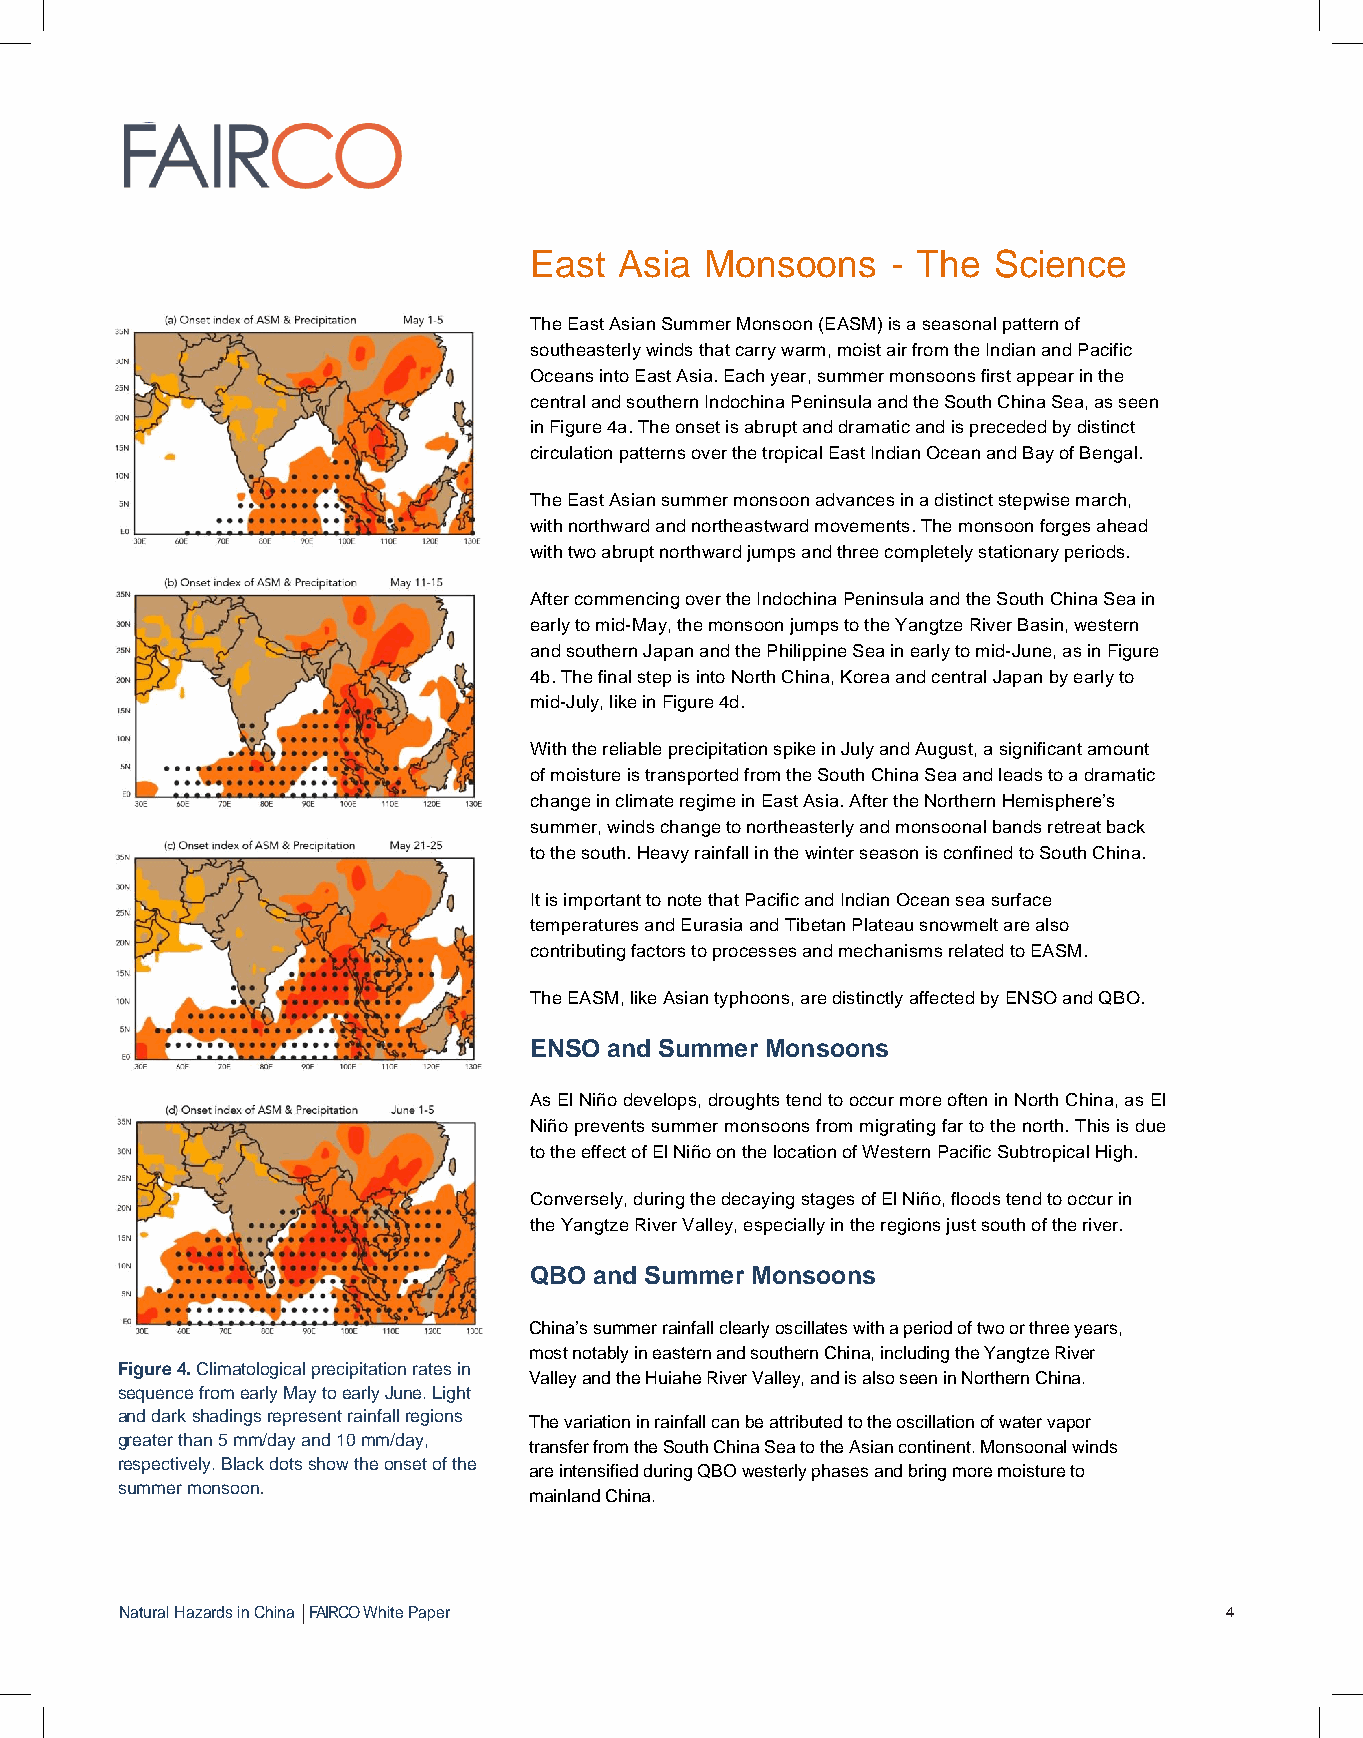
East  Asia  Monsoons    - The  Science
 The East Asian Summer Monsoon (EASM) is a seasonal pattern of
 southeasterly winds that carry warm, moist air from the Indian and Pacific
 Oceans into East Asia. Each year, summer monsoons first appear in the
 central and southern Indochina Peninsula and the South China Sea, as seen
 in Figure 4a. The onset is abrupt and dramatic and is preceded by distinct
 circulation patterns over the tropical East Indian Ocean and Bay of Bengal.
 The East Asian summer monsoon advances in a distinct stepwise march,
 with northward and northeastward movements. The monsoon forges ahead
 with two abrupt northward jumps and three completely stationary periods.
 After commencing over the Indochina Peninsula and the South China Sea in
 early to mid-May, the monsoon jumps to the Yangtze River Basin, western
 and southern Japan and the Philippine Sea in early to mid-June, as in Figure
 4b. The final step is into North China, Korea and central Japan by early to
 mid-July, like in Figure 4d.
 With the reliable precipitation spike in July and August, a significant amount
 of moisture is transported from the South China Sea and leads to a dramatic
 change in climate regime in East Asia. After the Northern Hemisphereʼs
 summer, winds change to northeasterly and monsoonal bands retreat back
 to the south. Heavy rainfall in the winter season is confined to South China.
 It is important to note that Pacific and Indian Ocean sea surface
 temperatures and Eurasia and Tibetan Plateau snowmelt are also
 contributing factors to processes and mechanisms related to EASM.
 The EASM, like Asian typhoons, are distinctly affected by ENSO and QBO.
 ENSO and Summer Monsoons
 As El Niño develops, droughts tend to occur more often in North China, as El
 Niño prevents summer monsoons from migrating far to the north. This is due
 to the effect of El Niño on the location of Western Pacific Subtropical High.
 Conversely, during the decaying stages of El Niño, floods tend to occur in
 the Yangtze River Valley, especially in the regions just south of the river.
 QBO and Summer Monsoons
 Chinaʼs summer rainfall clearly oscillates with a period of two or three years,
 most notably in eastern and southern China, including the Yangtze River
 Figure 4. Climatological precipitation rates in
 Valley and the Huiahe River Valley, and is also seen in Northern China.
 sequence from early May to early June. Light
 and dark shadings represent rainfall regions The variation in rainfall can be attributed to the oscillation of water vapor
 greater than 5 mm/day and 10 mm/day,
 transfer from the South China Sea to the Asian continent. Monsoonal winds
 respectively. Black dots show the onset of the
 are intensified during QBO westerly phases and bring more moisture to
 summer monsoon.
 mainland China.
 Natural Hazards in China FAIRCO White Paper                              4